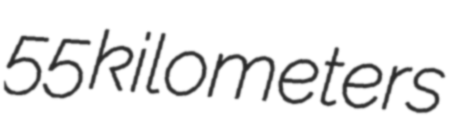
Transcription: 55 kilometers